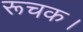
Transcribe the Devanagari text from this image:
रूचक।